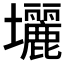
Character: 𡔉